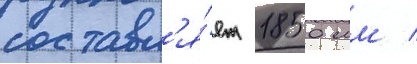
составл'я́ет 1850 мм /